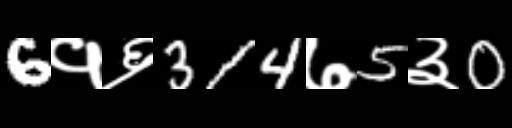
Text: 6१६314७5३0